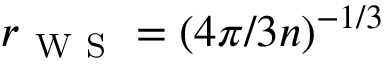
r _ { \mathrm { ~ W ~ S ~ } } = ( { 4 \pi } / { 3 n } ) ^ { - { 1 } / { 3 } }